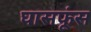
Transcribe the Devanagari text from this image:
घासफूंस